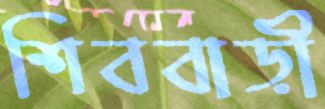
শিববাড়ী